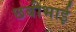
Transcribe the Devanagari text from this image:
छबीभाई